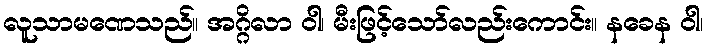
လူသာမဏေသည်။ အဂ္ဂိလာ ဝါ၊ မီးဖြင့်သော်လည်းကောင်း။ နခေန ဝါ၊